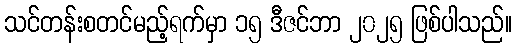
သင်တန်းစတင်မည့်ရက်မှာ ၁၅ ဒီဇင်ဘာ ၂၀၂၅ ဖြစ်ပါသည်။